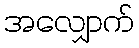
အလျှောက်